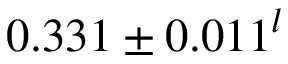
0 . 3 3 1 \pm 0 . 0 1 1 ^ { l }